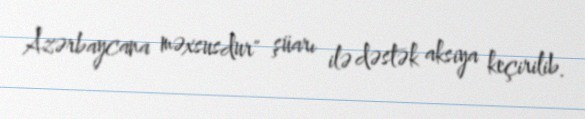
Azərbaycana məxsusdur" şüarı ilə dəstək aksiya keçirilib.